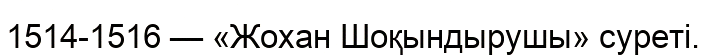
1514-1516 — «Жохан Шоқындырушы» суреті.